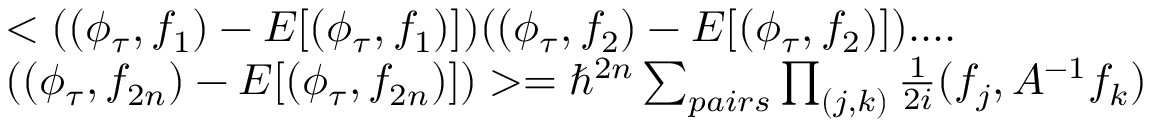
\begin{array} { l } { { < ( ( \phi _ { \tau } , f _ { 1 } ) - E [ ( \phi _ { \tau } , f _ { 1 } ) ] ) ( ( \phi _ { \tau } , f _ { 2 } ) - E [ ( \phi _ { \tau } , f _ { 2 } ) ] ) . . . . } } \\ { { ( ( \phi _ { \tau } , f _ { 2 n } ) - E [ ( \phi _ { \tau } , f _ { 2 n } ) ] ) > = \hbar ^ { 2 n } \sum _ { p a i r s } \prod _ { ( j , k ) } \frac { 1 } { 2 i } ( f _ { j } , { \cal A } ^ { - 1 } f _ { k } ) } } \end{array}